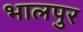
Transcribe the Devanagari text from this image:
भालपुर